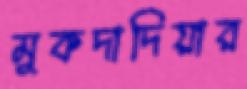
মুকদাদিয়ার